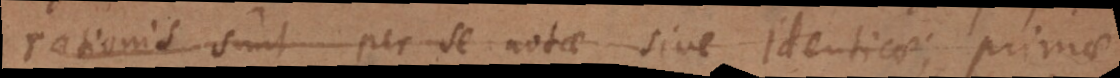
rationis sunt per se notae sive identicae; primae